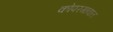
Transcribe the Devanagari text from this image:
कोपरगावात